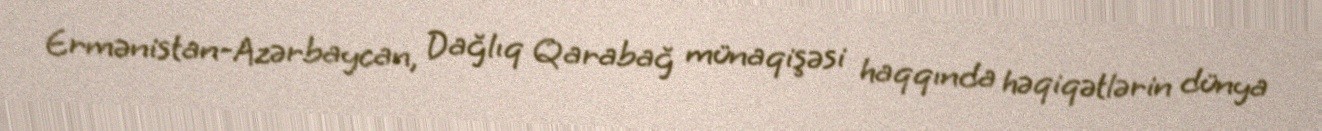
Ermənistan-Azərbaycan, Dağlıq Qarabağ münaqişəsi haqqında həqiqətlərin dünya